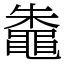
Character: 鼄